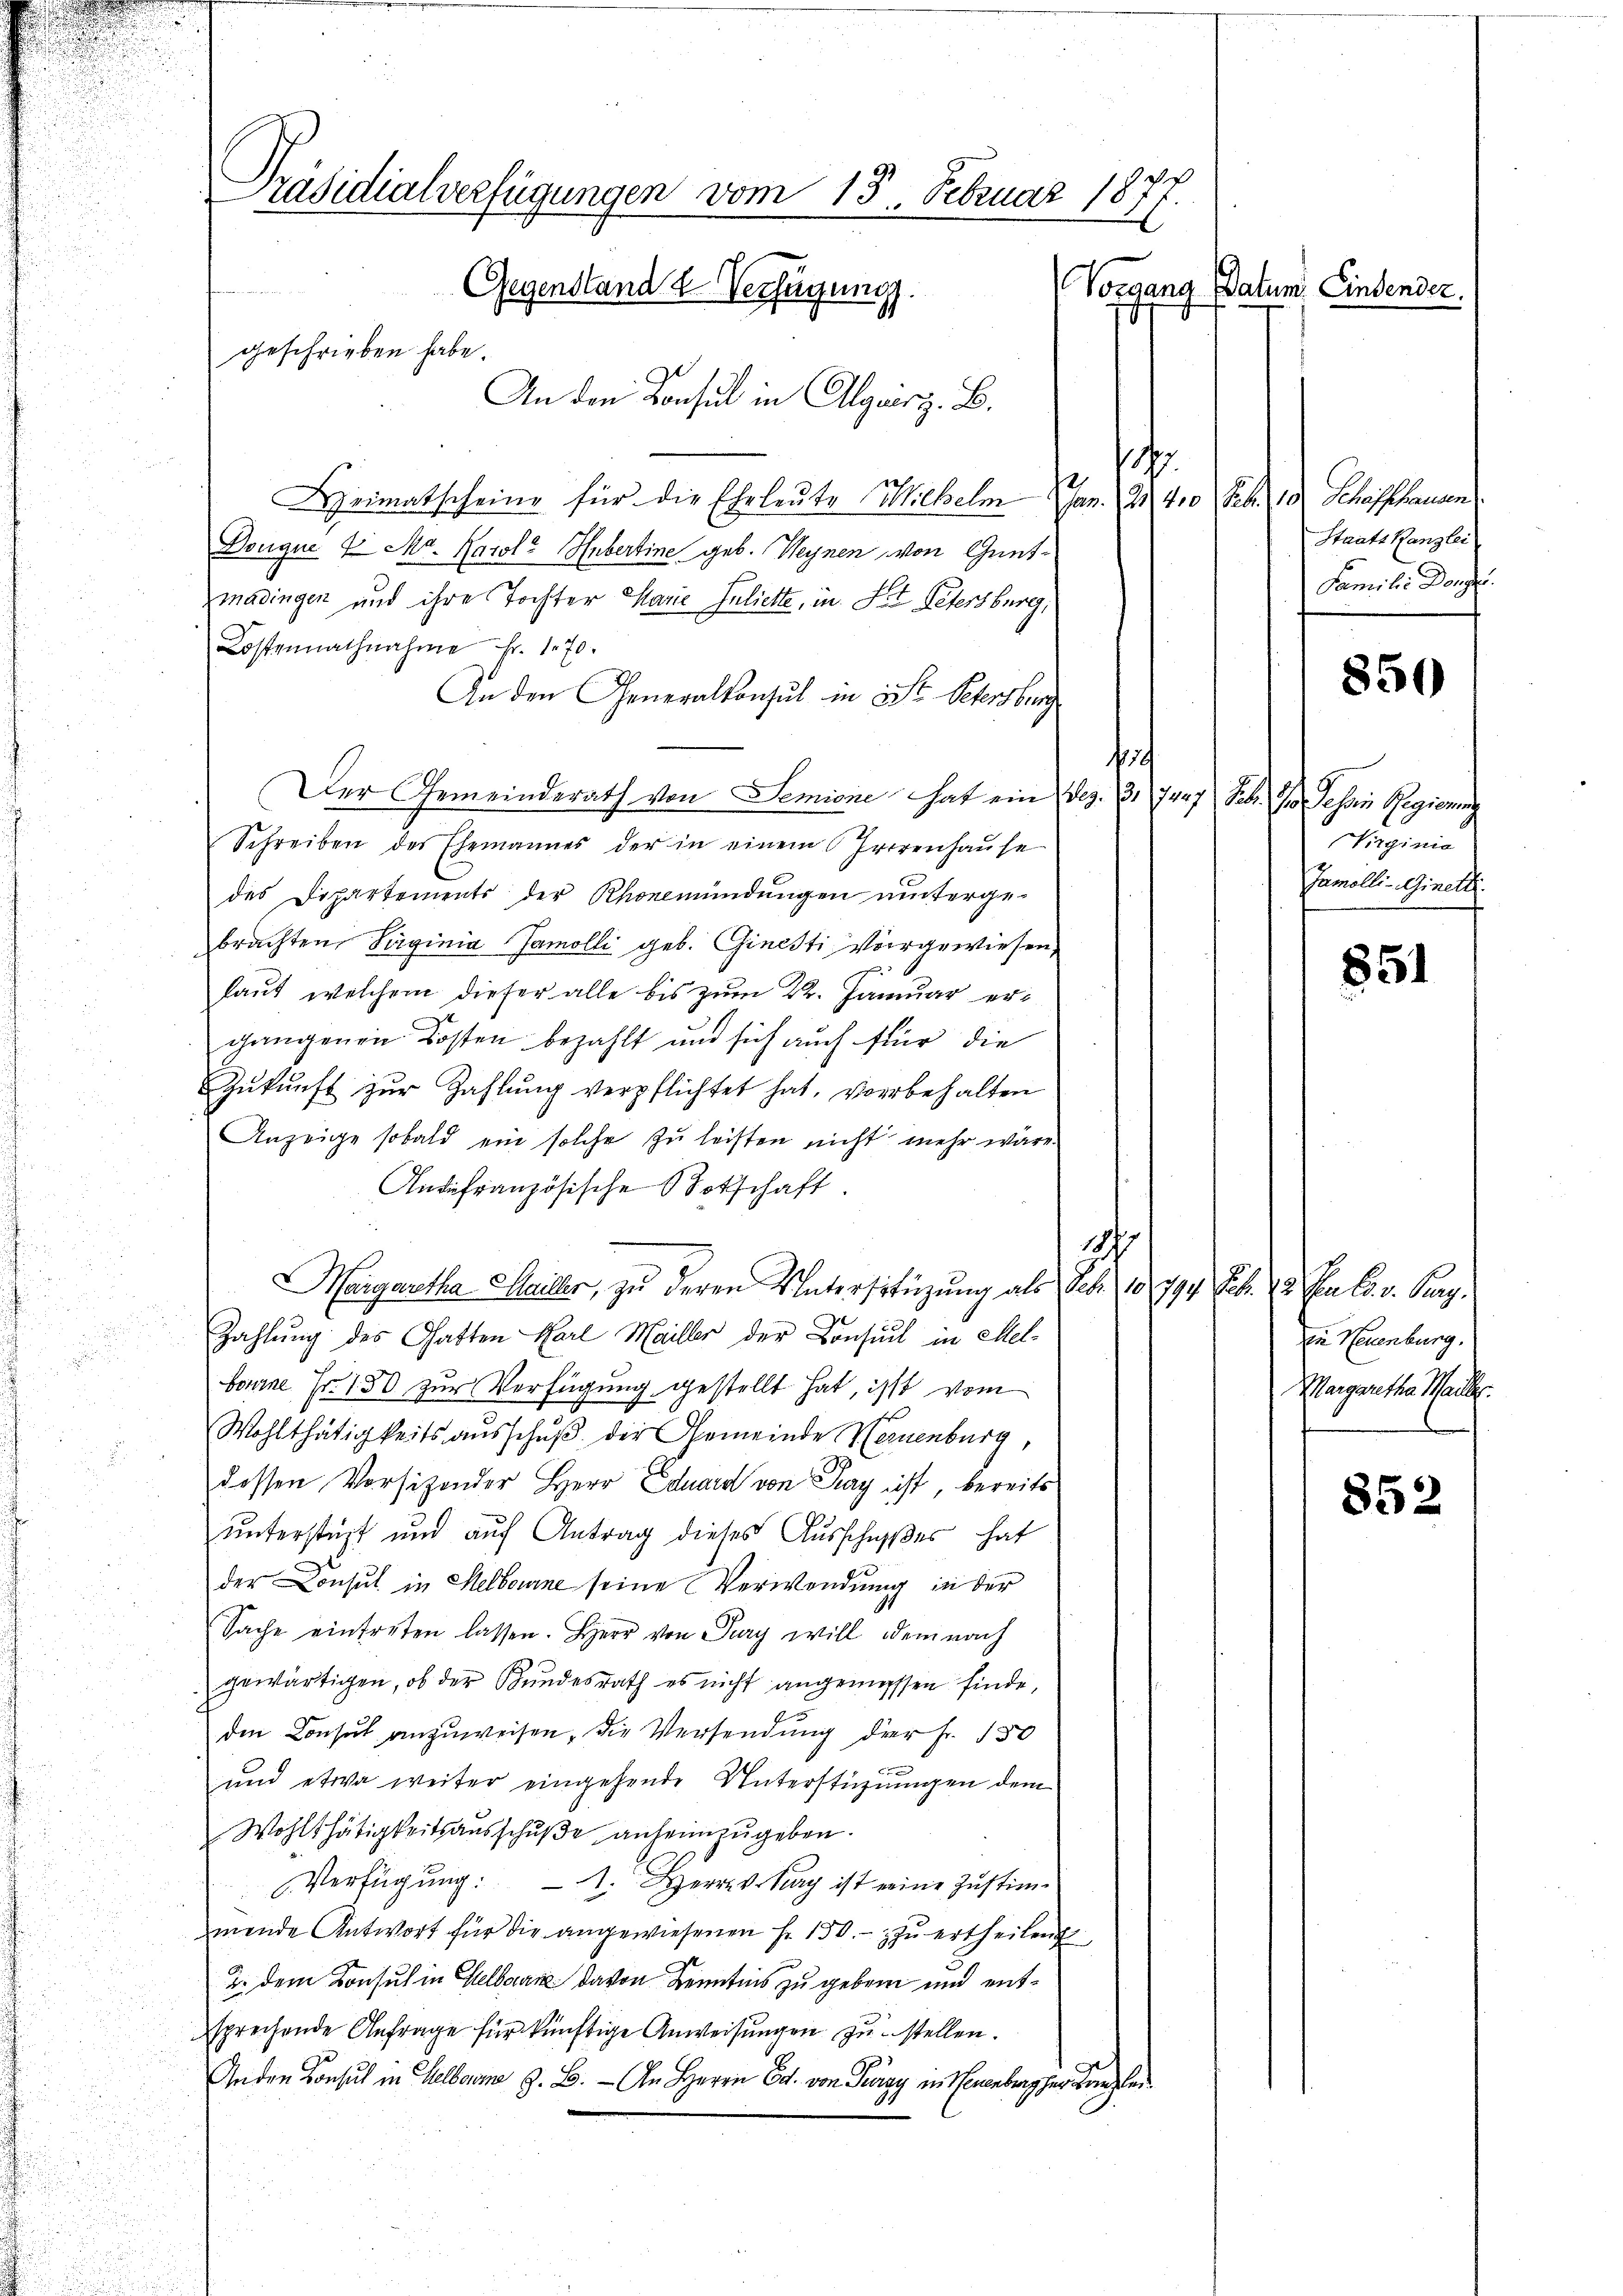
Präsidialverfügungen vom 13. Februar 1877.
Gegenstand 2 Verfügung.
Vorgang Datum Lindender.
geschrieben habe.
An den Konsul in Allgrusz. B.

.
Heimatscheine für die Eheleute Michelm Jan. 21. 40 Febr. 10. Schaffhausen
Dougue 7 Mr. Karola Hubertine geb. Heynen von Gentmadingen und ihre Tochter Marie Inliette, in Fol. Petersburg,
ostennachnahme fr. 170.
An den Generalkonsul in ist. Sehnsberg
f
Der Gemeinderath von Semione hat ein Dez. 31. 7427 Febr. vor sehen Regierung
Schreiben des Ehemannes der in einem Herrenhause
des Departements der Rhonemündungen unterge-
brachten, Säginia Jamolli geb. Ginesti Vorgewiesen
laut, welchem dieser alle bis zum 22. Januar ergangenen Kosten bezahlt und sich auch für die
Zŭkŭnft zŭr Zahlŭng verpflichtet hat, vorbehalten
Anzeige sobald ein solche zu leisten nicht mehr wäre
Andfranzösische Botschaft
1
Margaretha Mariller, zu deren Unterstüzung als Seb. 18774. Feb. 18. En l. v. Pag.
Zahlung des Gatten Karl Mailler der Consul in Melbanne Fr. 750 zur Verfügung gestellt hat, ist vom
Wohlthätigkeits ausschuß, der Gemeinde Neuenburg,
dessen Vorsitzender Herr Eduard von Kay ist, bereits
unterstüzt und auf Antrag dieses Ausschußes hat
der Consul in Melbourne seine Verwendung in der
Sache eintreten lassen. Herr von Jury will dem nach
gewärtigen, ob der Bundesrath es nicht angemessen finde,
den Consul anzuweisen, die Versendung der Fr. 130
c
und etwa weiter eingehende Unterstüzungen dem
Wohlthätigkeitsausschuße anheimzugeben.
Verfügung: 1. Herr v. Sag ist eine Zustimmende Antwort für die angewiesenen Fr. 150.- zu ertheilen
2. dem Konsul in Gelbarn davon Kenntnis zu geben und entsprechende Anfrage für künftige Anweisungen zustellen.
Anden Consul in Gelborne z. B. - An Herrn Ed. von Pergy in Neuenburg her Kanzler

Staats Kanzlei
Familie Dor

850

Virginio
Jamolli-Ginett.
551

Ein Neuenburg,
Margaretha Marie
e

852